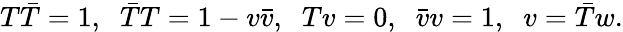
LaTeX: T\bar{T}=1,\; \; \bar{T}T=1-v\bar{v},\; \; Tv=0,\; \; \bar{v}v=1,\; \; v=\bar{T}w.